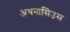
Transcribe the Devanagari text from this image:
अथनासिउस